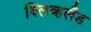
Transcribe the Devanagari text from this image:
क्लिव्हलँड